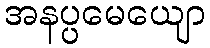
အနပ္ပမေယျော